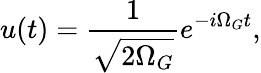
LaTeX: u(t)=\frac{1}{\sqrt{2\Omega_{G}}}e^{-i\Omega_{G}t},